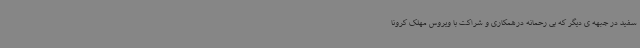
سفید در جبهه ی دیگر که بی رحمانه درهمکاری و شراکت با ویروس مهلک کرونا